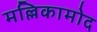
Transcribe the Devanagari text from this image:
मल्लिकामोद